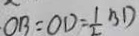
O B = O D = \frac { 1 } { 2 } B D